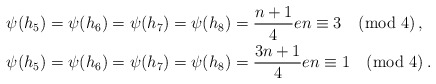
\begin{align*}\psi(h_5)&=\psi(h_6)=\psi(h_7)=\psi(h_8)=\frac{n+1}{4}e n\equiv 3 \pmod{4}\,,\\ \psi(h_5)&=\psi(h_6)=\psi(h_7)=\psi(h_8)=\frac{3n+1}{4}e n\equiv 1 \pmod{4}\,.\end{align*}